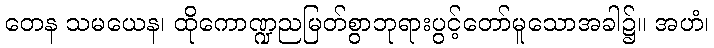
တေန သမယေန၊ ထိုကောဏ္ဍညမြတ်စွာဘုရားပွင့်တော်မူသောအခါ၌။ အဟံ၊